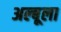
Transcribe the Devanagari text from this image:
अल्बूला